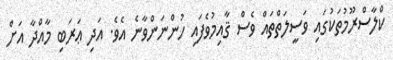
ކްލާސްރޫމުތަކުގައި ވަސީލަތްތައް ވެސް ޤާއިމުވެފައި ހުންނަންވާނެ އެވެ. އަދި ޢަރަބި މާއްދާ އަށް